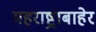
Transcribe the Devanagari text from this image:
महराष्ट्राबाहेर